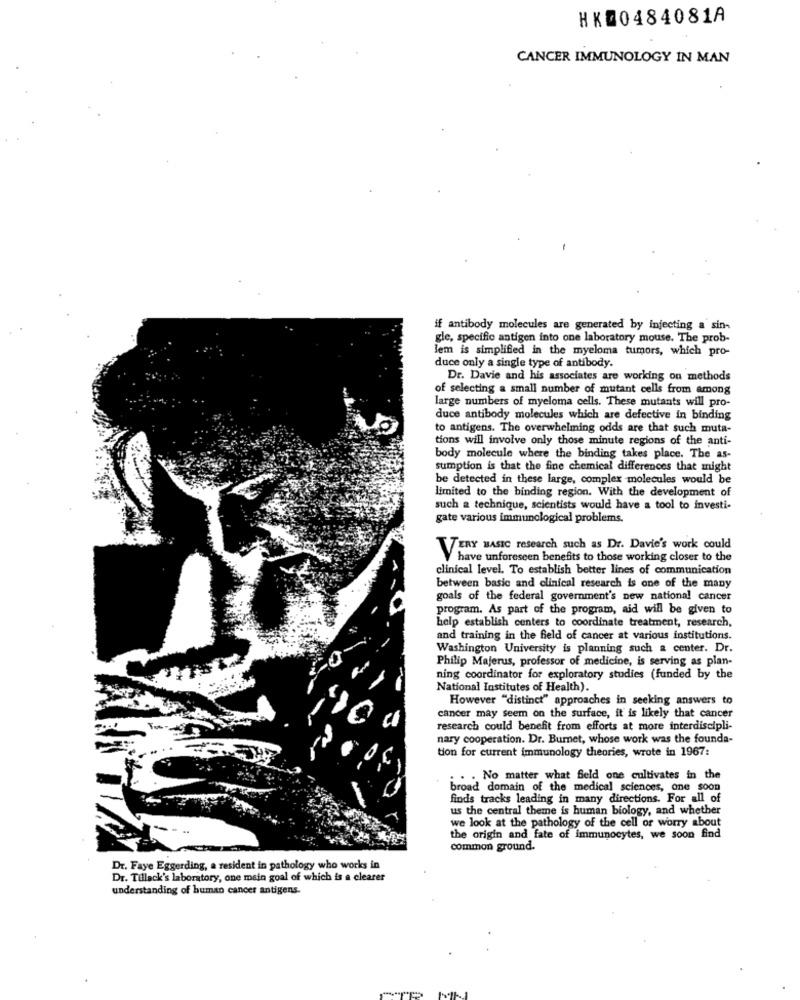
HK00484081A
CANCER IMMUNOLOGY IN MAN
if antibody molecules are generated by injecting a sin-
gle, specific antigen into one laboratory mouse. The prob-
Jem is simplified in the myeloma tumors, which pro-
duce only a single type of antibody.
Dr. Davie and his associates are working on methods
of selecting a small number of mutant cells from among
large numbers of myeloma cells. These mutants will pro-
duce antibody molecules which are defective in binding
to antigens. The overwhelming odds are that such muta-
tions will involve only those minute regions of the anti-
body molecule where the binding takes place. The as-
sumption is that the fine chemical differences that might
be detected in these large, complex molecules would be
limited to the binding region. With the development of
such a technique, scientists would have a tool to investi-
gate various immunological problems.
VERY BASIC research such as Dr. Davie's work could
have unforeseen benefits to those working closer to the
clinical level. To establish better lines of communication
between basic and clinical research is one of the many
goals of the federal government's new national cancer
program. As part of the program, aid will be given to
help establish centers to coordinate treatment, research,
and training in the field of cancer at various institutions.
Washington University is planning such a center. Dr.
Philip Majerus, professor of medicine, is serving as plan-
ning coordinator for exploratory studies (funded by the
National Institutes of Health).
However "distinct" approaches in seeking answers to
cancer may seem on the surface, it is likely that cancer
research could benefit from efforts at more interdiscipli-
nary cooperation. Dr. Burnet, whose work was the founda-
tion for current immunology theories, wrote in 1967:
. No matter what feld one cultivates in the
broad domain of the medical sciences, one soon
finds tracks leading in many directions. For all of
us the central theme is human biology, and whether
we look at the pathology of the cell or worry about
the origin and fate of immunocytes, we soon find
common ground.
Dr. Faye Eggerding, a resident in pathology who works in
Dr. Tillack's laboratory, one main goal of which is a clearer
understanding of human cancer antigens.